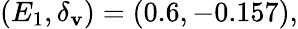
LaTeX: (E_{1},\delta_{\mathbf{v}})=(0.6,-0.157),